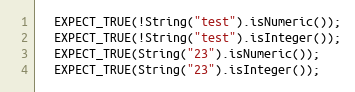
Language: C++
  EXPECT_TRUE(!String("test").isNumeric());
  EXPECT_TRUE(!String("test").isInteger());
  EXPECT_TRUE(String("23").isNumeric());
  EXPECT_TRUE(String("23").isInteger());